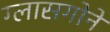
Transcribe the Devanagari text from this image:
ग्लासगोने